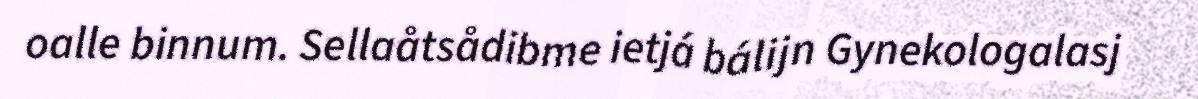
oalle binnum. Sellaåtsådibme ietjá bálijn Gynekologalasj